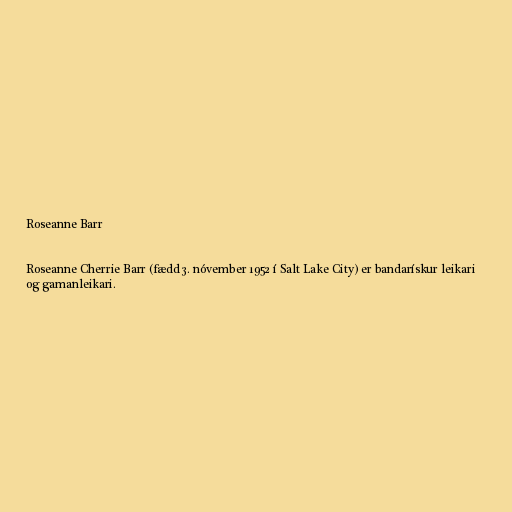
Roseanne Barr

Roseanne Cherrie Barr (fædd 3. nóvember 1952 í Salt Lake City) er bandarískur leikari
og gamanleikari.